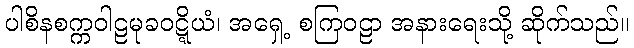
ပါစိနစက္ကဝါဠမုခဝဋ္ဋိယံ၊ အရှေ့ စကြဝဠာ အနားရေးသို့ ဆိုက်သည်။